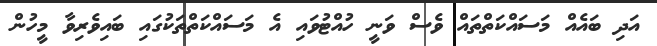
އަދި ބައެއް މަސައްކަތްތައް ވެސް ވަނީ ހުއްޓުވައި އެ މަސައްކަތްތަކުގައި ބައިވެރިވާ މީހުން